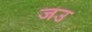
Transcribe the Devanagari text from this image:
जउ